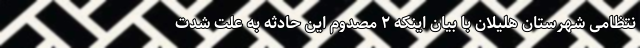
نتظامی شهرستان هلیلان با بیان اینکه ۲ مصدوم این حادثه به علت شدت